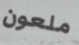
ملعون